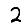
Digit: 2